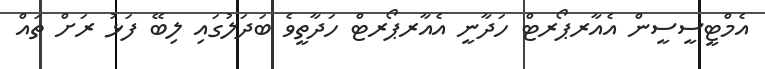
އެމްޓީސީސީން އެއާރޕޯރޓް ހަދާނީ އެއާރޕޯރޓް ހަދާތީވެ ބަދަލުގައި ލިބޭ ފަޅު ރަށް ތައް